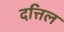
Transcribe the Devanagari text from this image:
दत्तिल